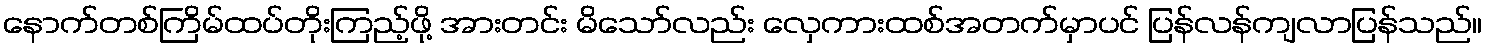
နောက်တစ်ကြိမ်ထပ်တိုးကြည့်ဖို့ အားတင်း မိသော်လည်း လှေကားထစ်အတက်မှာပင် ပြန်လန်ကျလာပြန်သည်။